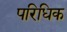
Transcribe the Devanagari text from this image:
परिधिक